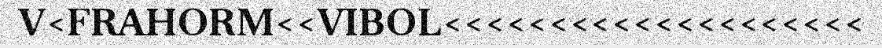
V<FRAHORM<<VIBOL<<<<<<<<<<<<<<<<<<<<